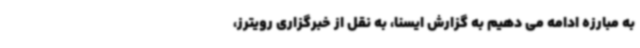
به مبارزه ادامه می دهیم به گزارش ایسنا، به نقل از خبرگزاری رویترز،